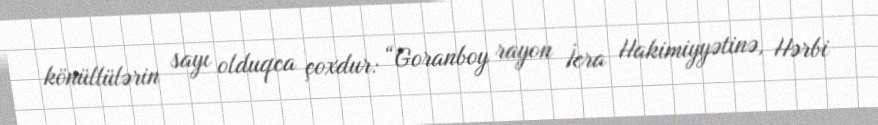
könüllülərin sayı olduqca çoxdur: “Goranboy rayon İcra Hakimiyyətinə, Hərbi